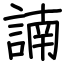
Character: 諵